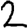
Digit: 2